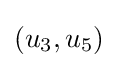
(u_{3},u_{5})